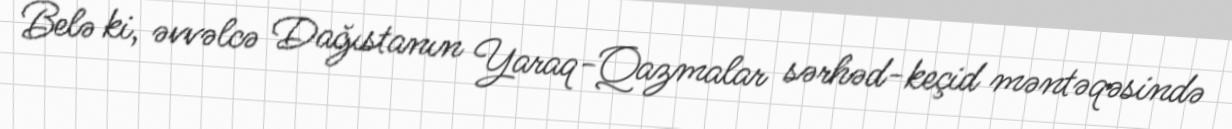
Belə ki, əvvəlcə Dağıstanın Yaraq-Qazmalar sərhəd-keçid məntəqəsində